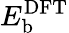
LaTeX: E_{\mathrm{{b}}}^{\mathrm{{DFT}}}